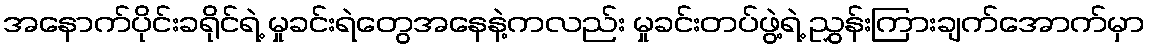
အနောက်ပိုင်းခရိုင်ရဲ့ မှုခင်းရဲတွေအနေနဲ့ကလည်း မှုခင်းတပ်ဖွဲ့ရဲ့ ညွှန်းကြားချက်အောက်မှာ